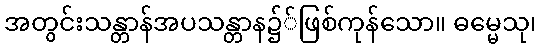
အတွင်းသန္တာန်အပသန္တာန၌်ဖြစ်ကုန်သော။ ဓမ္မေသု၊